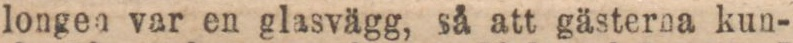
longen var en glasvägg, så att gästerna kun-